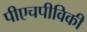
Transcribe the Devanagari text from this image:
पीएचपीविकी